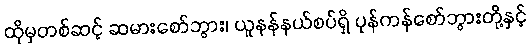
ထိုမှတစ်ဆင့် ဆမားစော်ဘွား၊ ယူနန်နယ်စပ်ရှိ ပုန်ကန်စော်ဘွားတို့နှင့်